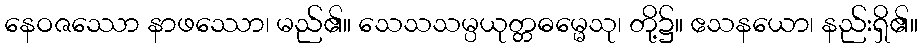
နေဝဇဿော နာဖဿော၊ မည်၏။ သေသသမ္ပယုတ္တဓမ္မေသု၊ တို့၌။ ဧသနယော၊ နည်းရှိ၏။